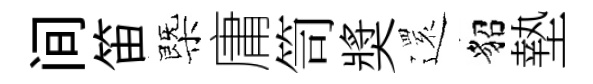
间笛㮣庸笥奬𮟃貂墊